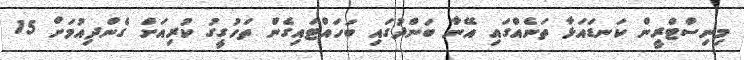
މިނިސްޓްރީން ކަނޑައަޅާ ތަނެއްގައި އޭނާ ބަންދުގައި ބަހައްޓައިގެން ތަހުގީގު ކުރިއަށް ގެންދިއުމަށް 15